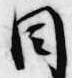
目